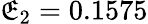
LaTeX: \mathfrak{E}_{2}=0.1575